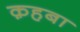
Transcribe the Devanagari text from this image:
क़हबा